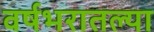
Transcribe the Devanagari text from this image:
वर्षभरातल्या